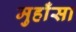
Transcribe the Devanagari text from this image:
मुहाँसा